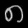
Digit: ၈